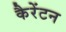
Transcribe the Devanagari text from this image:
कैरेंटन